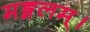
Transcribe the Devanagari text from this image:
मङ्गलम्।